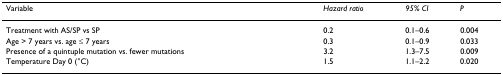
<table><thead><tr><td><b>Variable</b></td><td><b><i>Hazard ratio</i></b></td><td><b><i>95% CI</i></b></td><td><b><i>P</i></b></td></tr></thead><tbody><tr><td>Treatment with AS/SP vs SP</td><td>0.2</td><td>0.1–0.6</td><td>0.004</td></tr><tr><td>Age &gt; 7 years vs. age ≤ 7 years</td><td>0.3</td><td>0.1–0.9</td><td>0.033</td></tr><tr><td>Presence of a quintuple mutation vs. fewer mutations</td><td>3.2</td><td>1.3–7.5</td><td>0.009</td></tr><tr><td>Temperature Day 0 (°C)</td><td>1.5</td><td>1.1–2.2</td><td>0.020</td></tr></tbody></table>